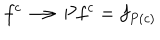
LaTeX: f ^ { c } \longrightarrow P f ^ { c } = f _ { P ( c ) }